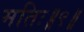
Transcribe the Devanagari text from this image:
मतिः॥९॥